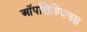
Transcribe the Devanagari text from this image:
ऑपसिडियनस